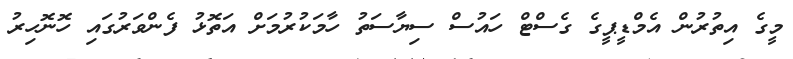
މީގެ އިތުރުން އެމްޑީޕީގެ ގެސްޓް ހައުސް ސިޔާސަތު ހާމަކުރުމަށް އަތޮޅު ފެންވަރުގައި ހޮނޮހިރު